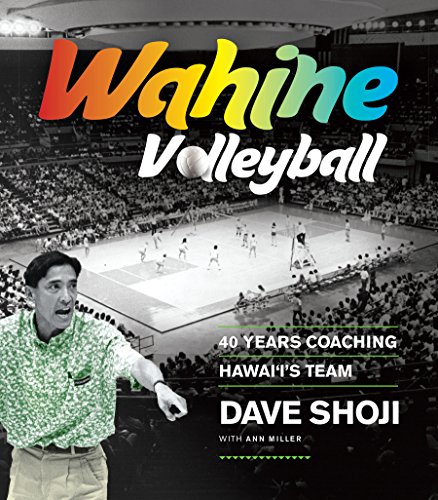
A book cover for Wahine Volleyball: 40 Years Coaching Hawaii's Team; Dave Shoji; Sports & Outdoors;